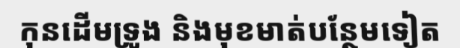
កុនដើមទ្រូង និងមុខមាត់បន្ថែមទៀត